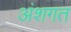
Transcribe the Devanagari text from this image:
अंशगत